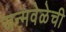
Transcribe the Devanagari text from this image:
जन्मवेळेची